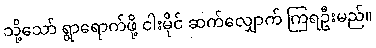
သို့သော် ရွာရောက်ဖို့ ငါးမိုင် ဆက်လျှောက် ကြရဦးမည်။